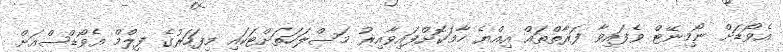
އެވޯޑަށް ނޯމިނޭޓް ވެފައިވާ ފަރާތްތައް އިއްޔެ ހާމަކޮށްފައިވާއިރު މަސްލަހަތަށްޓަކައި މިފަހަރުގެ ފިލްމް އެވޯޑްސްއަށް